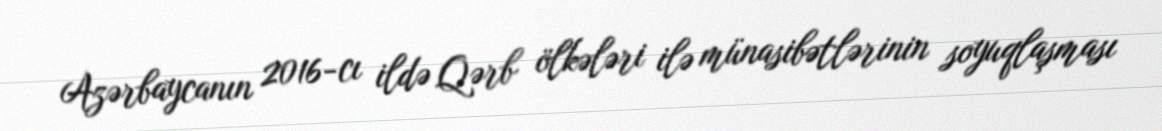
Azərbaycanın 2016-cı ildə Qərb ölkələri ilə münasibətlərinin soyuqlaşması